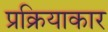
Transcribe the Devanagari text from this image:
प्रक्रियाकार